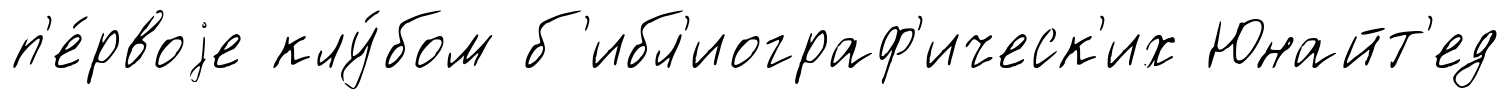
п'е́рвоjе клу́бом б'ибл'иограф'ическ'их Юнайт'ед